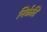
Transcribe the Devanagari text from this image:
निर्कति